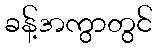
ခန့်အကွာတွင်